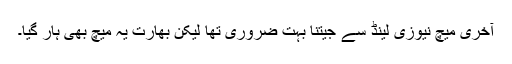
آخری میچ نیوزی لینڈ سے جیتنا بہت ضروری تھا لیکن بھارت یہ میچ بھی ہار گیا۔